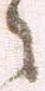
々